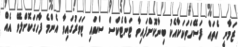
ޒަމާނީ އެތައް ފަސޭހަތަކަކާއެކު ބިނާކޮށްފައިވާ ޓަންޓެކްސް ސްކައި ޓަވަރުގައިވާ އެންމެ ފާހަގަކޮށްލެވޭ އެއް